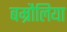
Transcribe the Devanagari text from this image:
बम्रौलिया